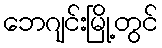
ဘေဂျင်းမြို့တွင်